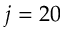
j = 2 0